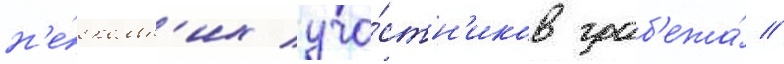
н'е́скольк'их уча́стн'иков граб'ежа́ //